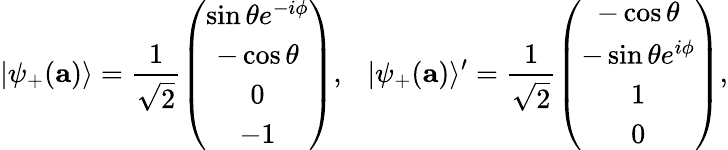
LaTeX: |\psi_{+}({\mathbf a})\rangle=\frac{1}{\sqrt{2}}\left(\begin{array}{c}{{\sin\theta e^{-i\phi}}}\\ {{-\cos\theta}}\\ {{0}}\\ {{-1}}\end{array}\right),~~~|\psi_{+}({\mathbf a})\rangle^{\prime}=\frac{1}{\sqrt{2}}\left(\begin{array}{c}{{-\cos\theta}}\\ {{-\sin\theta e^{i\phi}}}\\ {{1}}\\ {{0}}\end{array}\right),